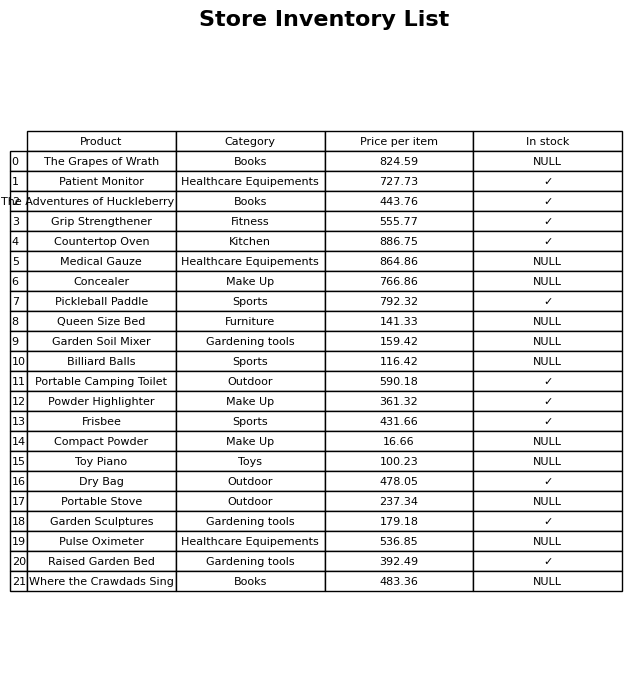
question: Which products are currently out of stock?
answer: The Grapes of Wrath, Medical Gauze, Concealer, Queen Size Bed, Garden Soil Mixer, Billiard Balls, Compact Powder, Toy Piano, Portable Stove, Pulse Oximeter, Where the Crawdads Sing